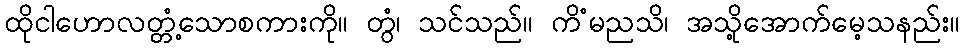
ထိုငါဟောလတ္တံ့သောစကားကို။ တွံ၊ သင်သည်။ ကိံမညသိ၊ အသို့အောက်မေ့သနည်း။